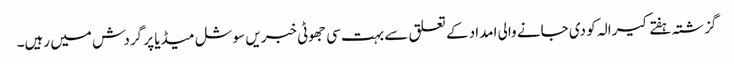
گزشتہ ہفتے کیرالہ کو دی جانے والی امداد کے تعلق سے بہت سی جھوٹی خبریں سوشل میڈیا پر گردش میں رہیں۔